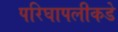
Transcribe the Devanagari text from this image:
परिघापलीकडे